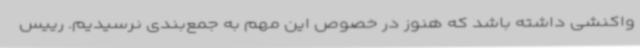
واکنشی داشته باشد که هنوز در خصوص این مهم به جمع‌بندی نرسیدیم. رییس